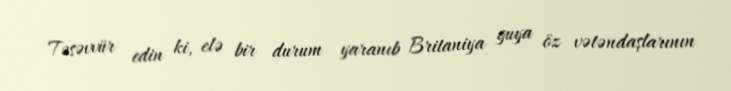
Təsəvvür edin ki, elə bir durum yaranıb Britaniya guya öz vətəndaşlarının